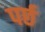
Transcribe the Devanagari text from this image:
पर्छ